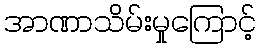
အာဏာသိမ်းမှုကြောင့်